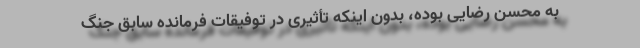
به محسن رضایی بوده، بدون اینکه تأثیری در توفیقات فرمانده سابق جنگ